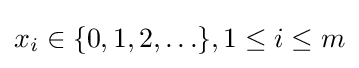
x_{i}\in \{0,1,2,\ldots \},1\leq i\leq m